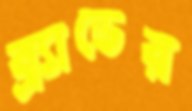
ব্র্যাডের